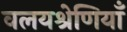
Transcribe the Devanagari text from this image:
वलयश्रेणियाँ